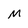
Character: M